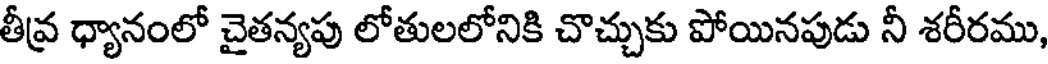
తీవ్ర ధ్యానంలో చైతన్యపు లోతులలోనికి చొచ్చుకు పోయినపుడు నీ శరీరము,